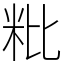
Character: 粃